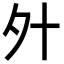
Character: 㚈